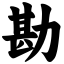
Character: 勘